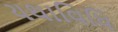
યથાવિધિ